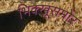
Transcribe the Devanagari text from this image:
भिक्खूसमोर